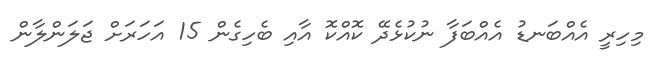
މިހިރީ އެއްބަނޑު އެއްބަފާ ނުކުޅެދޭ ކޮއްކޮ އާއި ބެހިގެން 15 އަހަރަށް ޖަލަންލާން